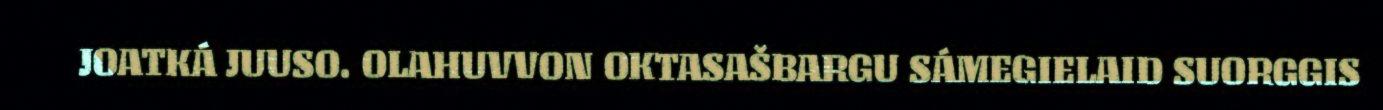
JOATKÁ JUUSO. OLAHUVVON OKTASAŠBARGU SÁMEGIELAID SUORGGIS